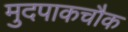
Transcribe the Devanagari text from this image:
मुदपाकचौक